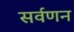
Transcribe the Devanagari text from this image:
सर्वणन